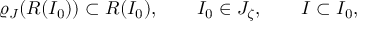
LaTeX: \varrho _ { J } ( { \cal R } ( I _ { 0 } ) ) \subset { \cal R } ( I _ { 0 } ) , \qquad I _ { 0 } \in { \cal J } _ { \zeta } , \qquad I \subset I _ { 0 } ,